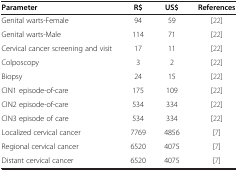
<table><thead><tr><td><b>Parameter</b></td><td><b>R$</b></td><td><b>US$</b></td><td><b>References</b></td></tr></thead><tbody><tr><td>Genital warts-Female</td><td>94</td><td>59</td><td>[22]</td></tr><tr><td>Genital warts-Male</td><td>114</td><td>71</td><td>[22]</td></tr><tr><td>Cervical cancer screening and visit</td><td>17</td><td>11</td><td>[22]</td></tr><tr><td>Colposcopy</td><td>3</td><td>2</td><td>[22]</td></tr><tr><td>Biopsy</td><td>24</td><td>15</td><td>[22]</td></tr><tr><td>CIN1 episode-of-care</td><td>175</td><td>109</td><td>[22]</td></tr><tr><td>CIN2 episode-of-care</td><td>534</td><td>334</td><td>[22]</td></tr><tr><td>CIN3 episode of care</td><td>534</td><td>334</td><td>[22]</td></tr><tr><td>Localized cervical cancer</td><td>7769</td><td>4856</td><td>[7]</td></tr><tr><td>Regional cervical cancer</td><td>6520</td><td>4075</td><td>[7]</td></tr><tr><td>Distant cervical cancer</td><td>6520</td><td>4075</td><td>[7]</td></tr></tbody></table>